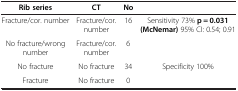
<table><thead><tr><td><b>Rib series</b></td><td><b>CT</b></td><td><b>No</b></td><td><b> </b></td></tr></thead><tbody><tr><td>Fracture/cor. number</td><td>Fracture/cor. number</td><td>16</td><td rowspan="2">Sensitivity 73% <b>p = 0.031 (McNemar)</b> 95% CI: 0.54; 0.91</td></tr><tr><td>No fracture/wrong number</td><td>Fracture/cor. number</td><td>6</td></tr><tr><td>No fracture</td><td>No fracture</td><td>34</td><td>Specificity 100%</td></tr><tr><td>Fracture</td><td>No fracture</td><td>0</td><td> </td></tr></tbody></table>